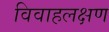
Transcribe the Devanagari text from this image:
विवाहलक्षण